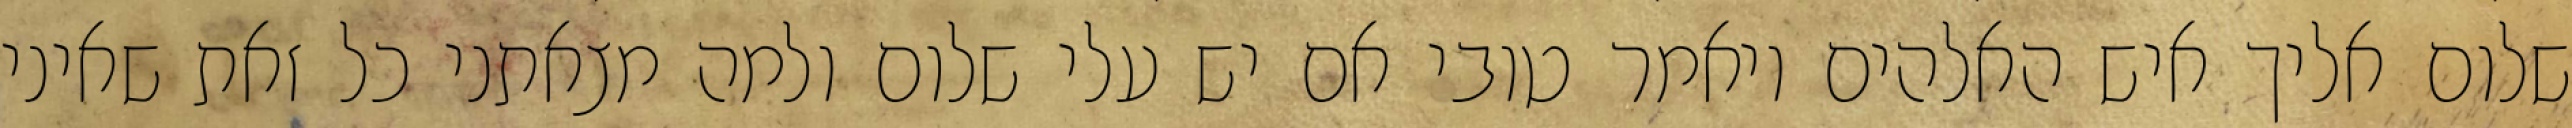
שלום אליך איש האלהים ויאמר טובי אם יש עלי שלום ולמה מצאתני כל זאת שאיני